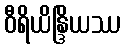
ဝီရိယိန္ဒြိယဿ